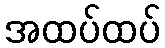
အထပ်ထပ်